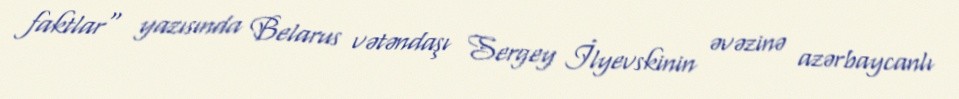
faktlar" yazısında Belarus vətəndaşı Sergey İlyevskinin əvəzinə azərbaycanlı